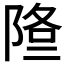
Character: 𨹿